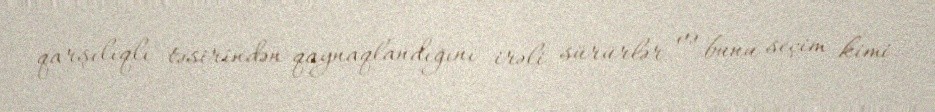
qarşılıqlı təsirindən qaynaqlandığını irəli sürürlər və bunu seçim kimi